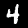
Label: 4